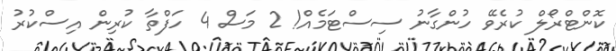
ކޮންޓްރޯލް ކުރެވޭ ހުންގާނު ސިސްޓަމެއް! 2 މަސް 4 ހަފްތާ ކުރިން އިސްކުރު